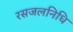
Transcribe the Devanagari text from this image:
रसजलनिधि